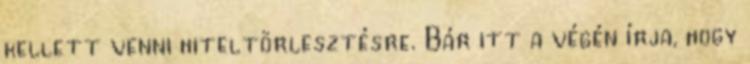
kellett venni hiteltörlesztésre. Bár itt a végén írja, hogy